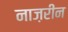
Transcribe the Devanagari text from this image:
नाज़रीन